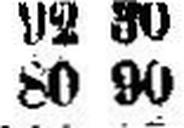
80 90